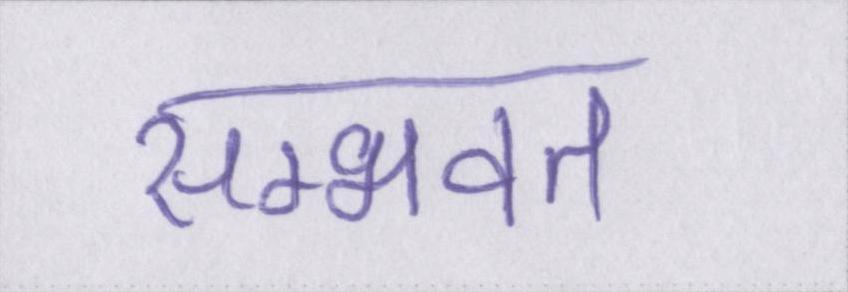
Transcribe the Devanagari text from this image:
सम्भवत